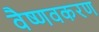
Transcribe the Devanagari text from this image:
वैष्णवकरण